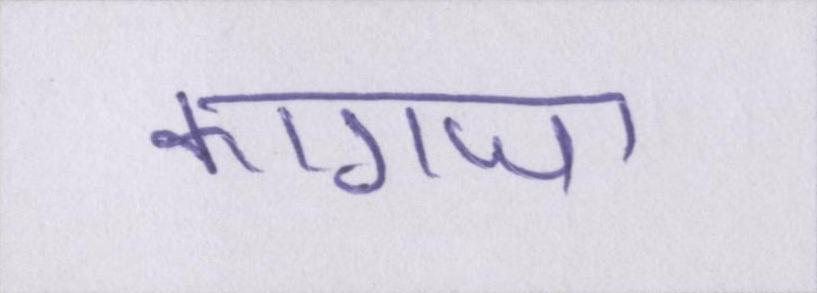
कागजा